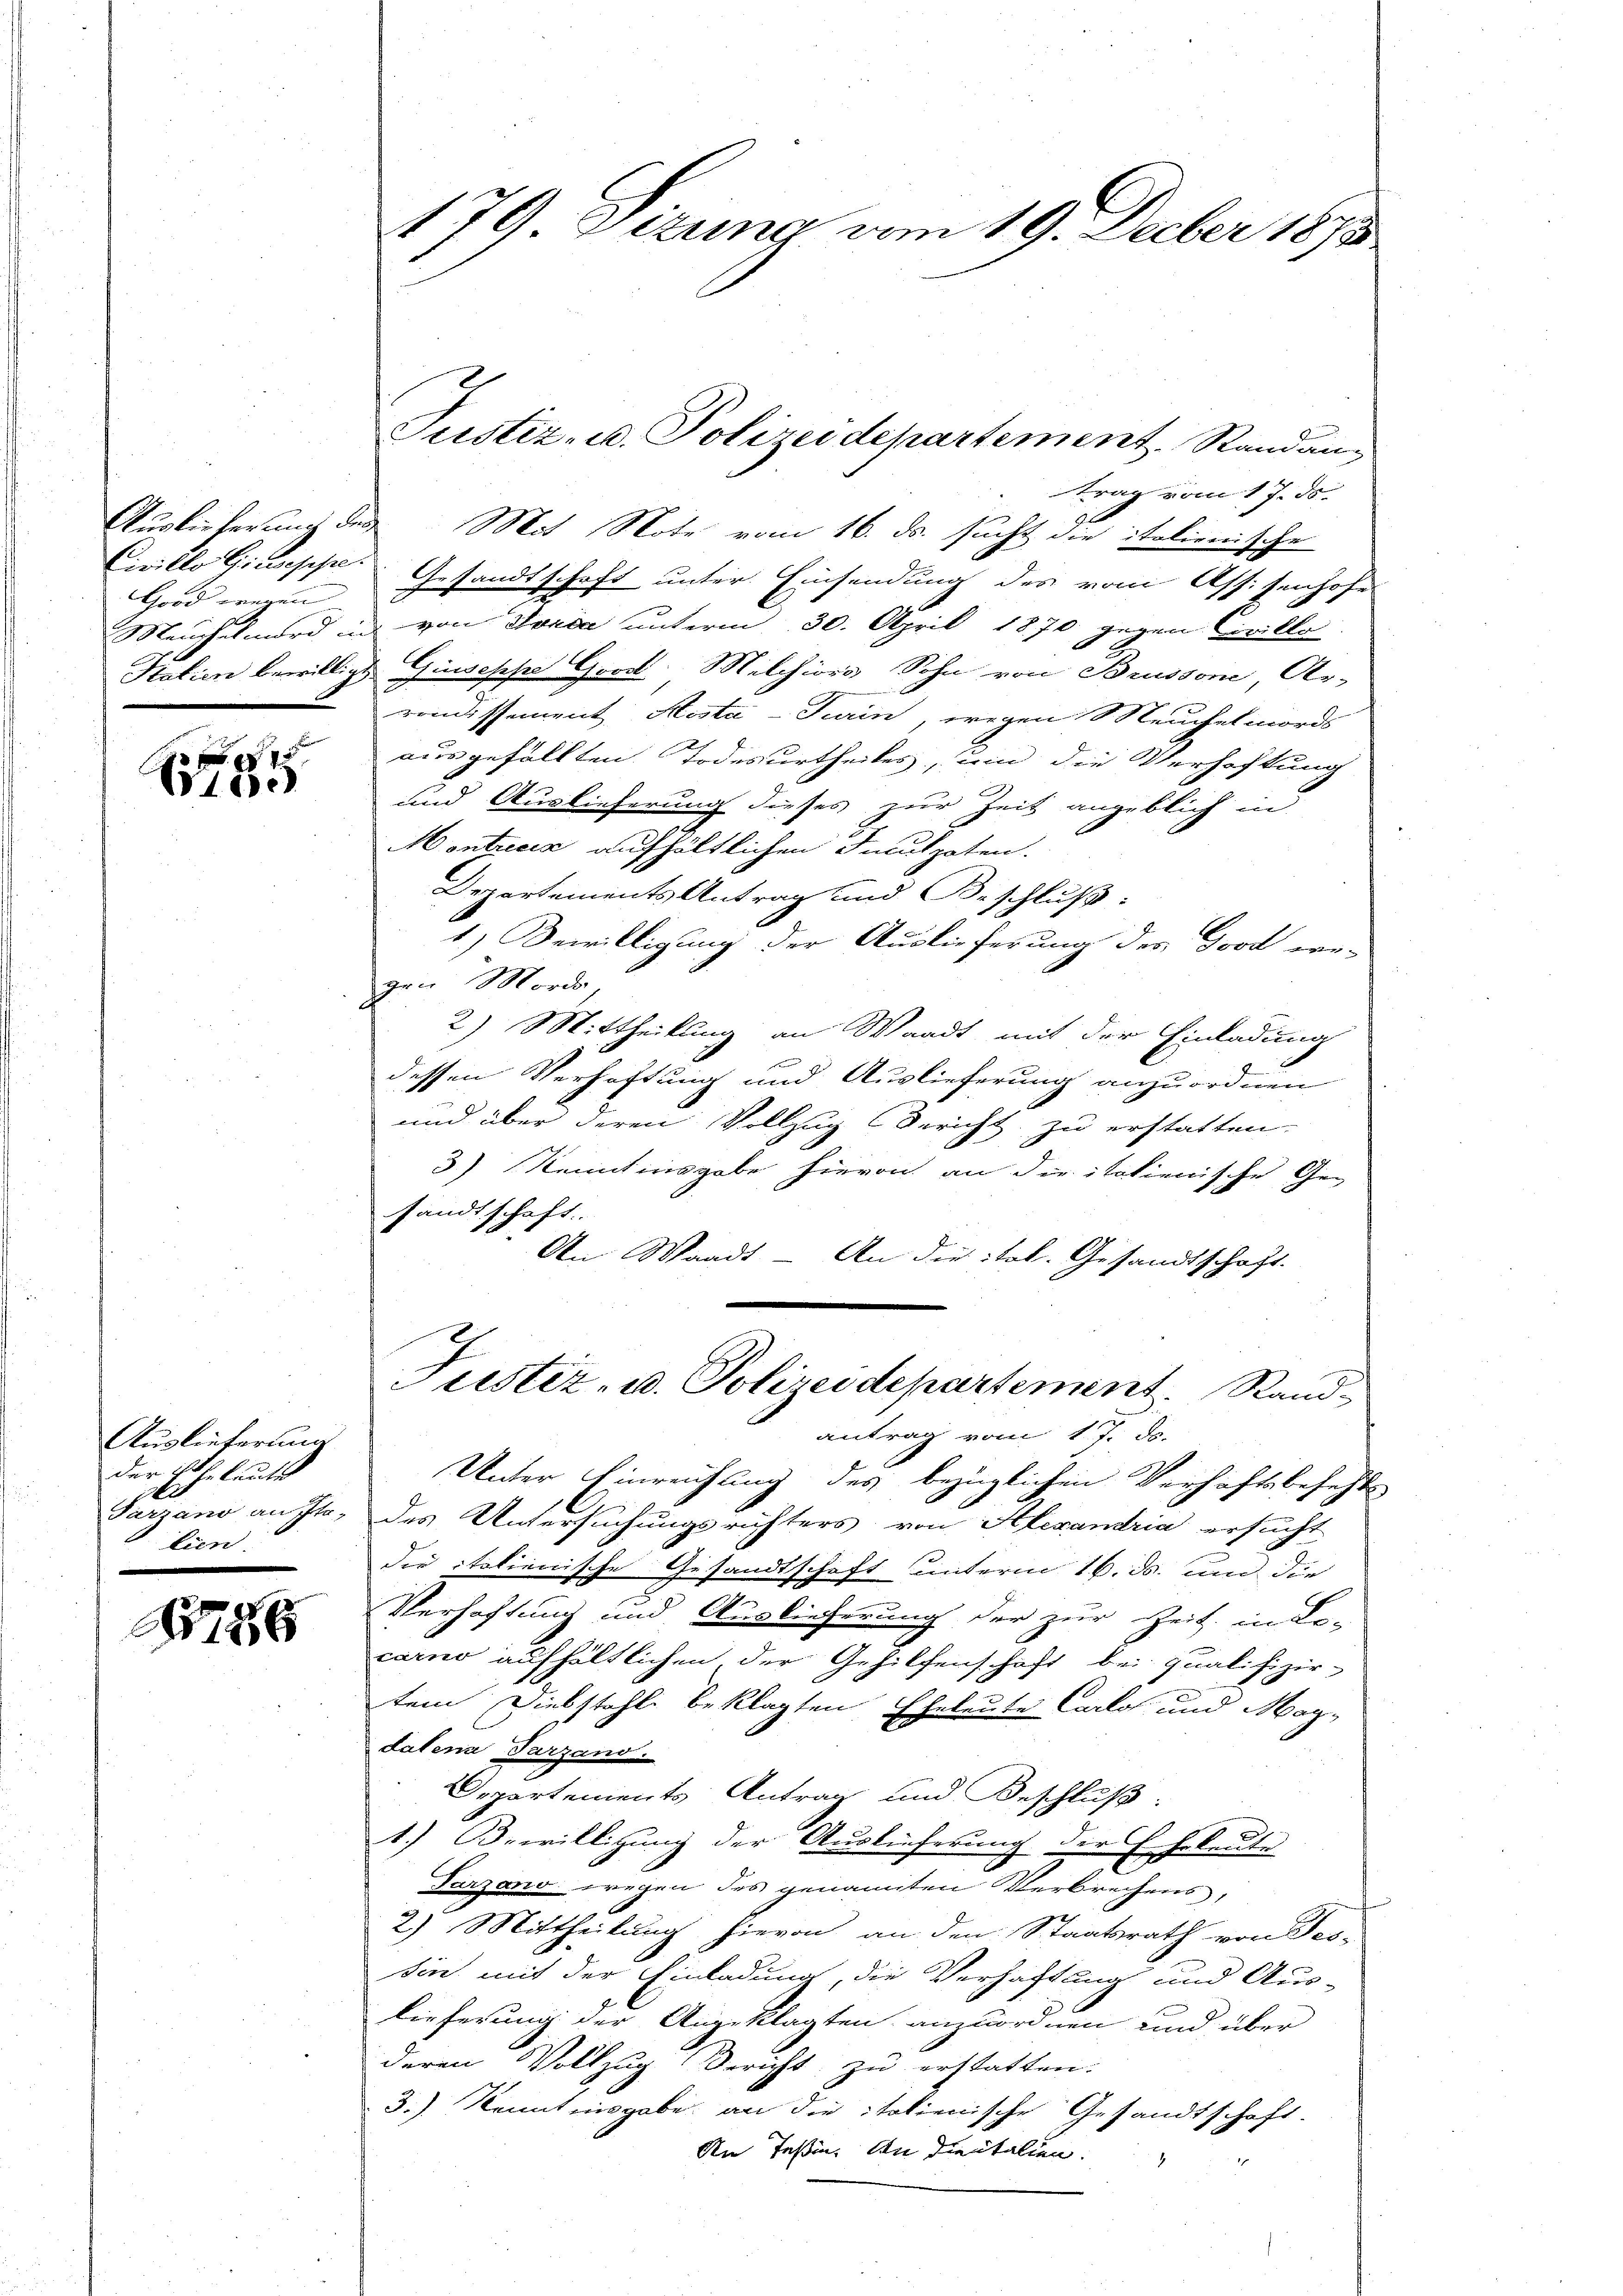
Civillo Giuseppe
Good wegen
Hatien bewilligt.
n

5
Vice

Auslieferung
der Eheleutes
Tarzano an Ihr
lien

788

179 Eizung vom 19. Decber 1873

trag vom 17. ds.
Auslieferung des Mit Note vom 16. ds. sucht die italienische
Gesandtschaft unter Einsendung des vom Assisenhofe
Meuchelmord und von Sonda unterm 30. April 1870 gegen Civilla
Giuseppe Grost. Milchions Sohn von Brussone, Ar-
romissement Aosta-Turin, wegen Meuchelmords
ausgefällten Todesurtheiles, und die Verhaftung
und Auslieferung dieses zur Zeit angeblich in
Montreck aufhältlichen Funkpaten.
Departements Antrag und Beschluß:
1) Bewilligung der Auslieferung des Good ver-
gen Morde,
2) Mittheilung an Waadt mit der Einladung
dessen Verhaftung und Auslieferung anzuordnen
und über deren Vollzug (derig
f. zu erstatten.
3) Kennt insgabe hievon an die italienische Ge-
sandtschaft.
An Waadt - An die ital. Gesandtschaft.
Justiz- u. Polizeidepartement. Sandantrag vom 17. ds.
Unter Einreichung des bezüglichen Verhaftsbesetzt
des Untersuchungsrichters von Alexandria ersucht
die italienische Gesandtschaft unterm 16. ds. und die
Verhaftung und Auslieferung der zur Zeit, in Be-
carno aufhältlichen der Gehilfenschaft bei Qualifizir-
tem Diebstahle beklagten Eheleute Carlos und Magdalena Tarzand.
Departements Antrag und Beschluß:
1.) Bewilligung der Auslieferung der Eheleute
Tarzano wegen des genannten Verbrechens,
2) Mittheilung hievon an den Staatsrath von Tes-
sin mit der Einladung, die Verhaftung und Aus-
lieferung der Angeklagten anzuordnen und über
deren Vollzug Bericht zu erstatten.
3.) Kenntnisgabe an die italienische Gesandtschaft-
An Teßin. An dientalien.

Justiz- u. Polizeidepartement. Randan-